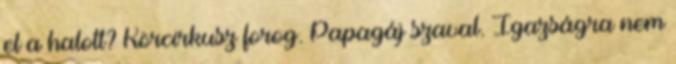
el a halott? Körcirkusz forog. Papagáj szaval. Igazságra nem